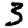
Digit: 3